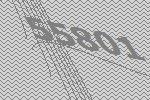
55801